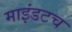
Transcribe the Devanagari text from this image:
माइंडटच